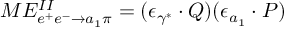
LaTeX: M E _ { e ^ { + } e ^ { - } \rightarrow a _ { 1 } \pi } ^ { I I } = ( { \epsilon _ { \gamma ^ { * } } } \cdot Q ) ( \epsilon _ { a _ { 1 } } \cdot P )